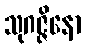
သုဂဇ္ဇိနော